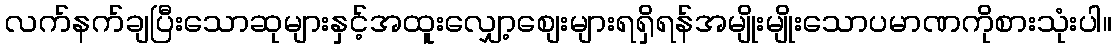
လက်နက်ချပြီးသောဆုများနှင့်အထူးလျှော့စျေးများရရှိရန်အမျိုးမျိုးသောပမာဏကိုစားသုံးပါ။